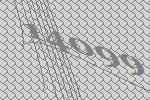
14099